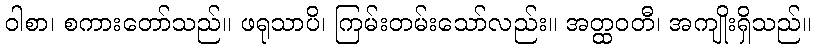
ဝါစာ၊ စကားတော်သည်။ ဖရုသာပိ၊ ကြမ်းတမ်းသော်လည်း။ အတ္ထဝတီ၊ အကျိုးရှိသည်။